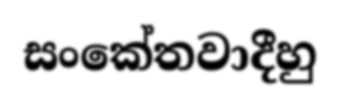
සංකේතවාදීහු